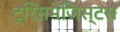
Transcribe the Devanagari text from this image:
ट्रिसमेजिस्टस